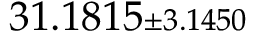
3 1 . 1 8 1 5 { \scriptstyle \pm 3 . 1 4 5 0 }